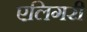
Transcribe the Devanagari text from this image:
एलिगरी